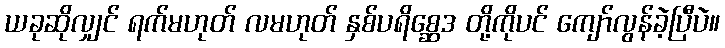
ယခုဆိုလျှင် ရက်မဟုတ် လမဟုတ် နှစ်ပရိစ္ဆေဒ တို့ကိုပင် ကျော်လွန်ခဲ့ပြီပဲ။